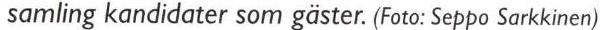
samling kandidater som gäster. (Foto: Seppo Sarkkinen)